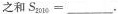
之和$$S _ { 2 0 1 0 } = ___$$。